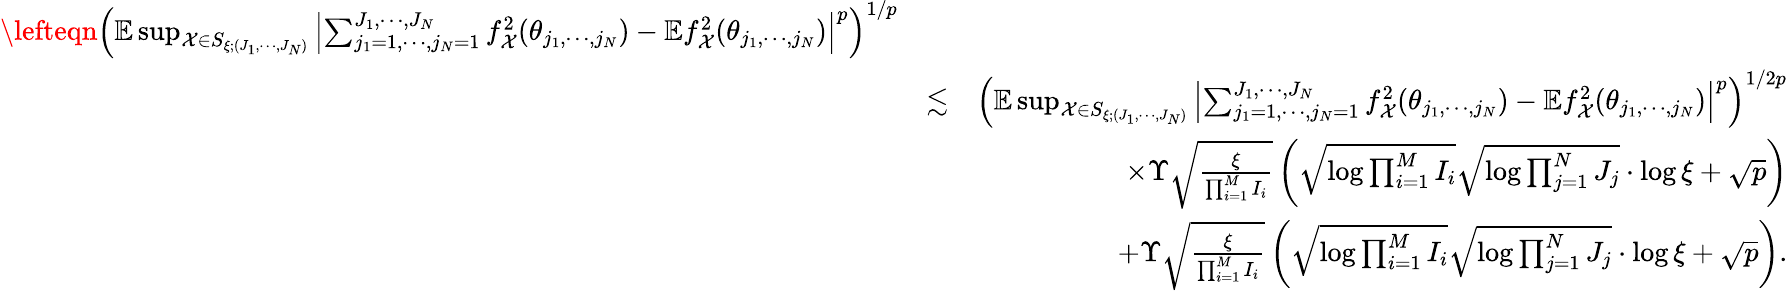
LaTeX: \begin{array}{rlr}{\lefteqn{\left(\mathbb{E}\operatorname*{sup}_{\mathcal{X}\in S_{\xi;(J_{1},\cdots,J_{N})}}\left\vert\sum_{j_{1}=1,\cdots,j_{N}=1}^{J_{1},\cdots,J_{N}}f_{\mathcal{X}}^{2}(\theta_{j_{1},\cdots,j_{N}})-\mathbb{E}f_{\mathcal{X}}^{2}(\theta_{j_{1},\cdots,j_{N}})\right\vert^{p}\right)^{1/p}}}\\ &{\lesssim}&{\left(\mathbb{E}\operatorname*{sup}_{\mathcal{X}\in S_{\xi;(J_{1},\cdots,J_{N})}}\left\vert\sum_{j_{1}=1,\cdots,j_{N}=1}^{J_{1},\cdots,J_{N}}f_{\mathcal{X}}^{2}(\theta_{j_{1},\cdots,j_{N}})-\mathbb{E}f_{\mathcal{X}}^{2}(\theta_{j_{1},\cdots,j_{N}})\right\vert^{p}\right)^{1/2p}}\\ &{}&{\times\Upsilon\sqrt{\frac{\xi}{\prod_{i=1}^{M}I_{i}}}\left(\sqrt{\log\prod_{i=1}^{M}I_{i}}\sqrt{\log\prod_{j=1}^{N}J_{j}}\cdot\log\xi+\sqrt{p}\right)}\\ &{}&{+\Upsilon\sqrt{\frac{\xi}{\prod_{i=1}^{M}I_{i}}}\left(\sqrt{\log\prod_{i=1}^{M}I_{i}}\sqrt{\log\prod_{j=1}^{N}J_{j}}\cdot\log\xi+\sqrt{p}\right).}\end{array}